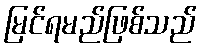
မြင်ရမည်ဖြစ်သည်